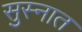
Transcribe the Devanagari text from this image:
सुस्नात